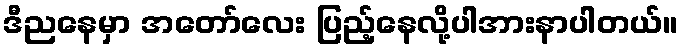
ဒီညနေမှာ အတော်လေး ပြည့်နေလို့ပါအားနာပါတယ်။